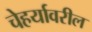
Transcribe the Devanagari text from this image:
चेहर्यावरील